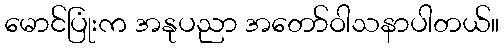
မောင်ပြုံးက အနုပညာ အတော်ဝါသနာပါတယ်။